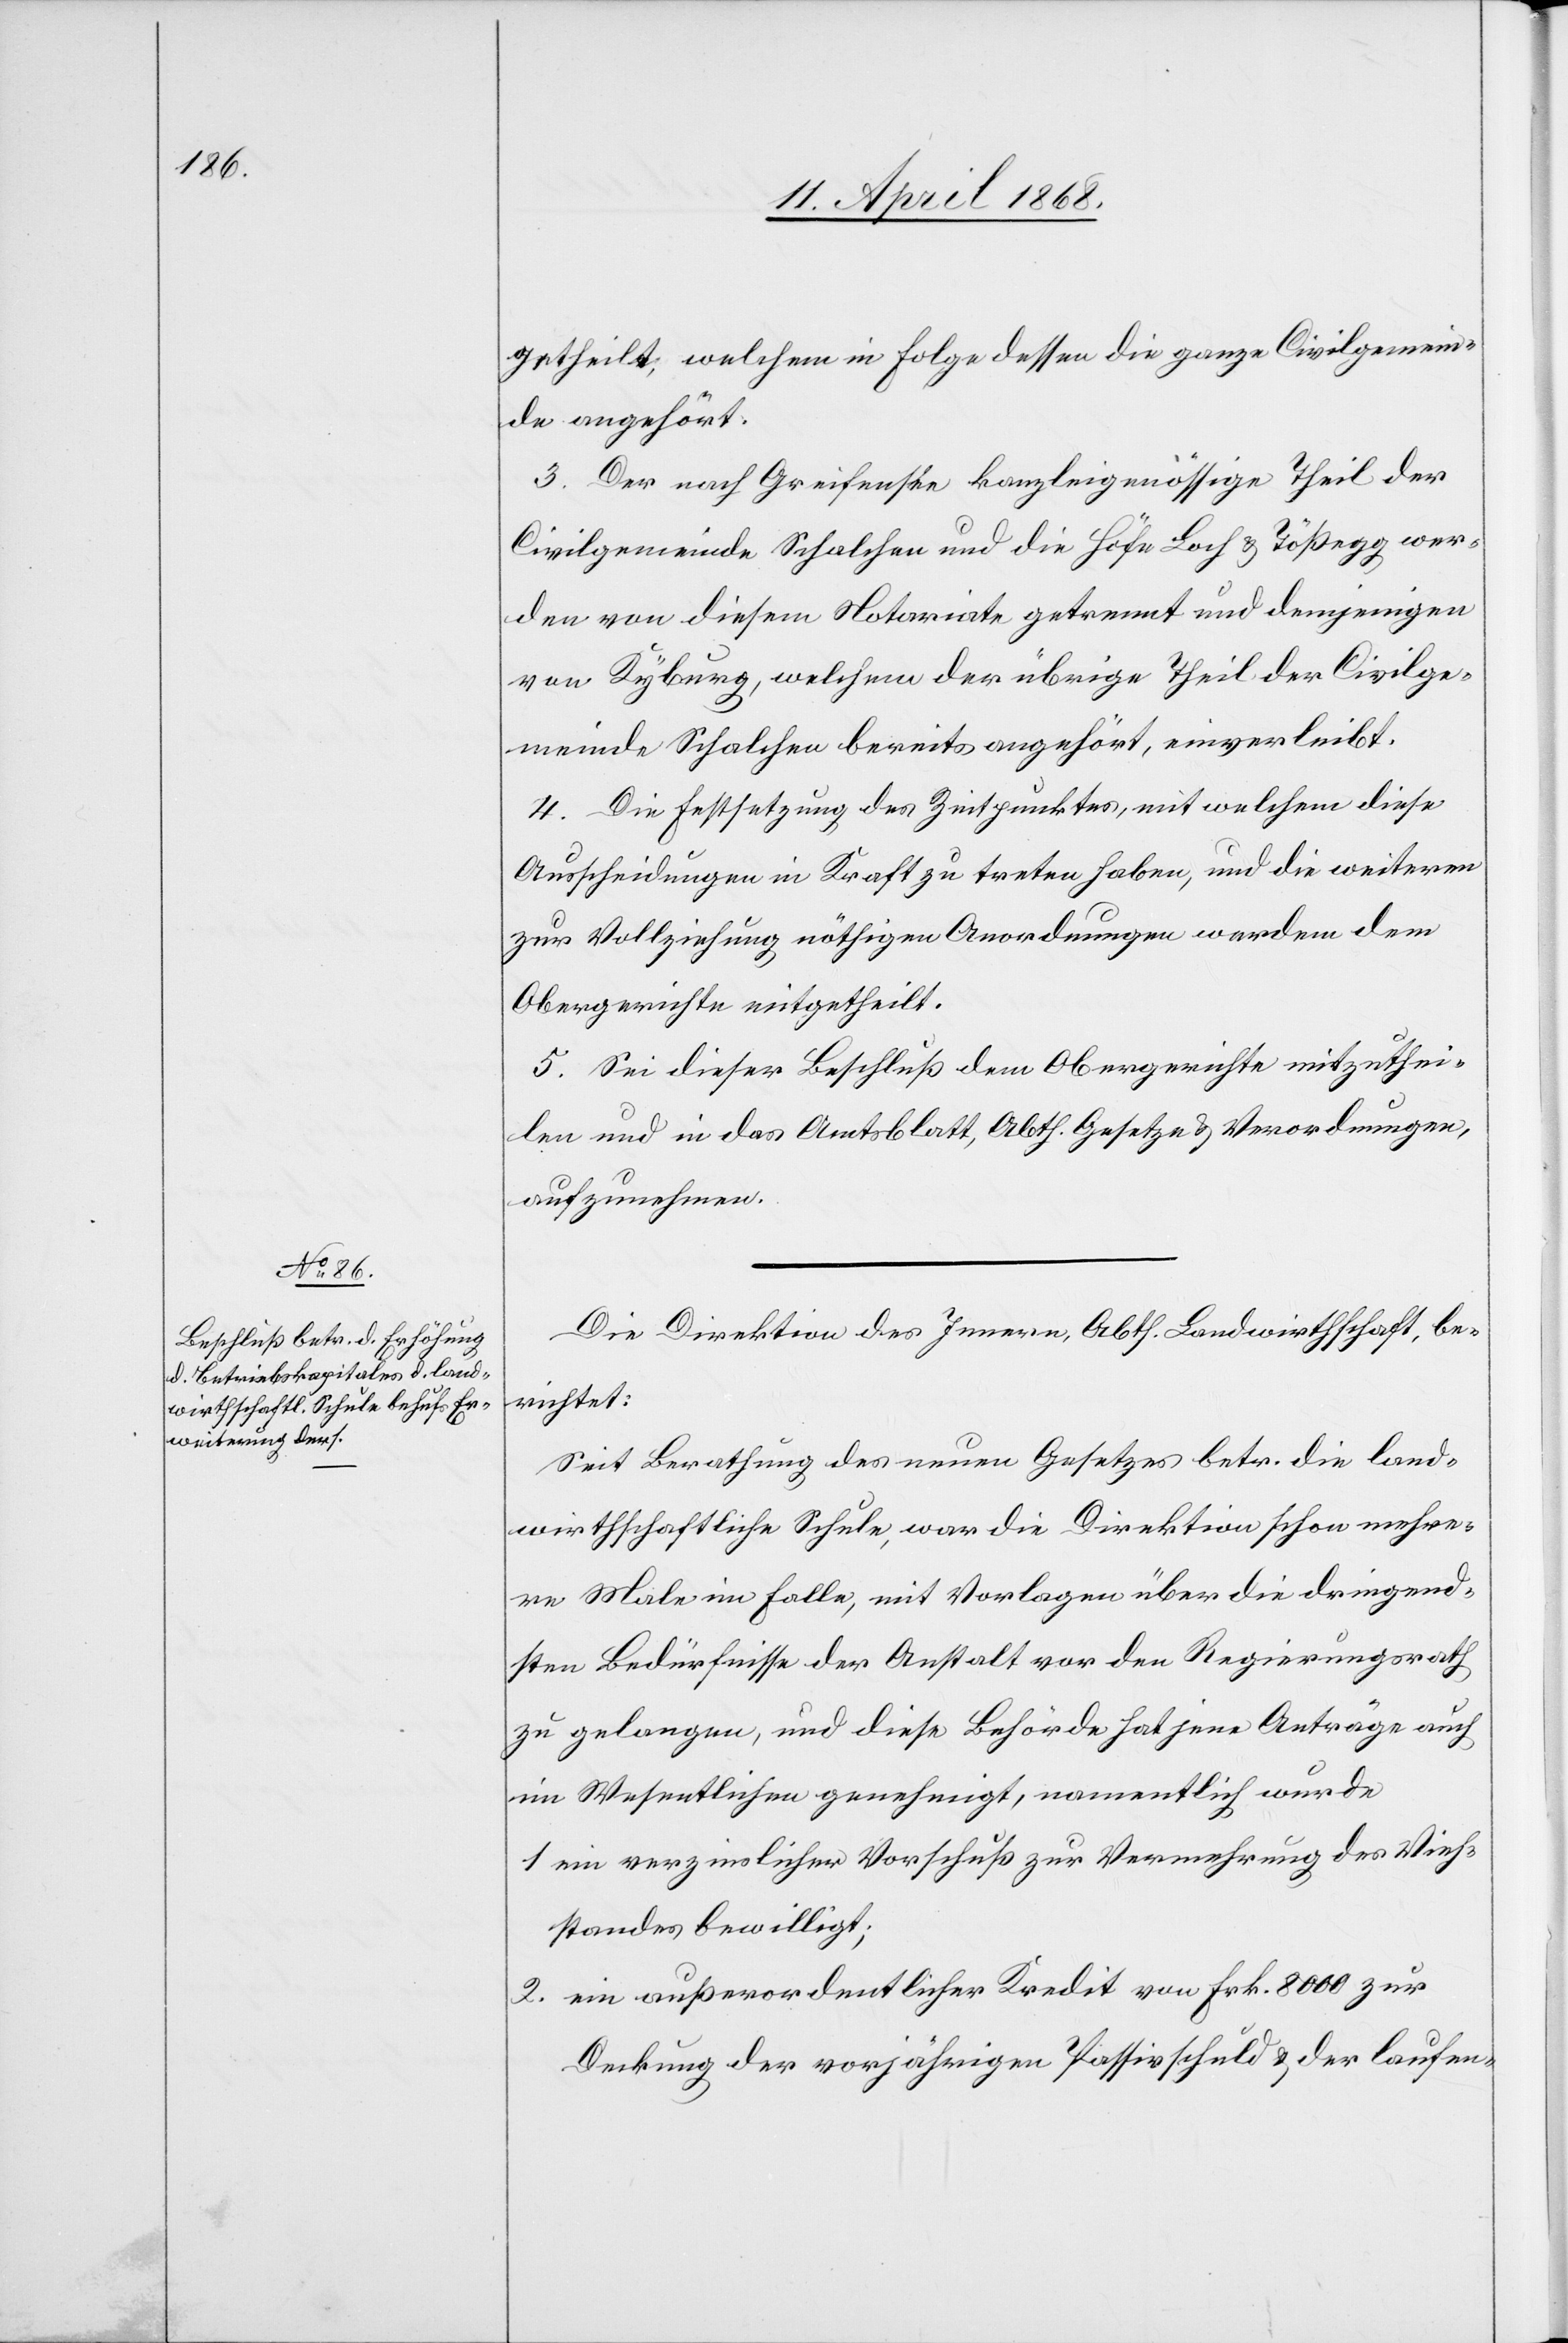
getheilt, welchem in Folge dessen die ganze Civilgemein¬
de angehört.
3. Der nach Greifensee kanzleigenössige Theil der
Civilgemeinde Schalchen und die Höfe Loch & Tößegg wer¬
den von diesem Notariate getrennt und demjenigen
von Kyburg, welchem der übrige Theil der Civilge¬
meinde Schalchen bereits angehört, einverleibt.
4. Die Festsetzung des Zeitpunktes, mit welchem diese
Ausscheidungen in Kraft zu treten haben, und die weiteren
zur Vollziehung nöthigen Anordnungen werden dem
Obergerichte mitgetheilt.
5. Sei dieser Beschluß dem Obergerichte mitzuthei¬
len und in das Amtsblatt, Abth. Gesetze & Verordnungen,
aufzunehmen.
Die Direktion des Innern, Abth. Landwirthschaft, be¬
richtet:
Seit Berathung des neuen Gesetzes betr. die land¬
wirthschaftliche Schule, war die Direktion schon mehre¬
re Male im Falle, mit Vorlagen über die dringend¬
sten Bedürfnisse der Anstalt vor den Regierungsrath
zu gelangen, und diese Behörde hat jene Anträge auch
im Wesentlichen genehmigt, namentlich wurde
ein verzinslicher Vorschuß zur Vermehrung des Vieh¬
standes bewilligt;
ein außerordentlicher Kredit von Frk. 8000 zur
Deckung der vorjährigen Passivschuld & der laufen-